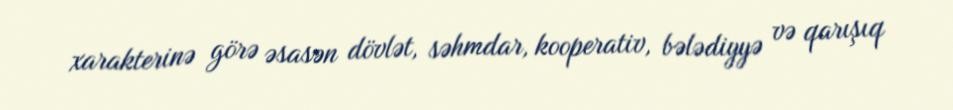
xarakterinə görə əsasən dövlət, səhmdar, kooperativ, bələdiyyə və qarışıq